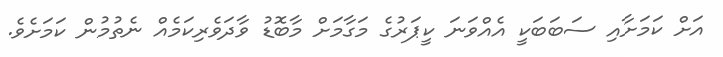
އަށް ކަމަށާއި ސަބަބަކީ އެއްވަނަ ކީޕަރުގެ މަގާމަށް މާބޮޑު ވާދަވެރިކަމެއް ނެތުމުން ކަމަށެވެ.